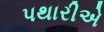
પથારીએ